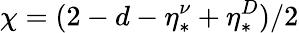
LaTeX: \chi=(2-d-\eta_{*}^{\nu}+\eta_{*}^{D})/2